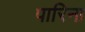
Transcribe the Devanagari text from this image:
पारिना